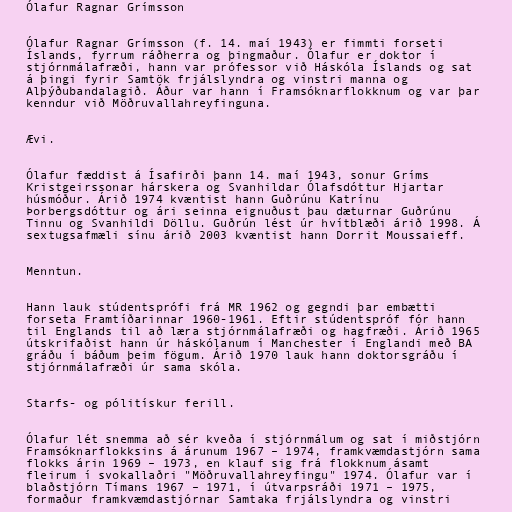
Ólafur Ragnar Grímsson

Ólafur Ragnar Grímsson (f. 14. maí 1943) er fimmti forseti
Íslands, fyrrum ráðherra og þingmaður. Ólafur er doktor í
stjórnmálafræði, hann var prófessor við Háskóla Íslands og sat
á þingi fyrir Samtök frjálslyndra og vinstri manna og
Alþýðubandalagið. Áður var hann í Framsóknarflokknum og var þar
kenndur við Möðruvallahreyfinguna.

Ævi.

Ólafur fæddist á Ísafirði þann 14. maí 1943, sonur Gríms
Kristgeirssonar hárskera og Svanhildar Ólafsdóttur Hjartar
húsmóður. Árið 1974 kvæntist hann Guðrúnu Katrínu
Þorbergsdóttur og ári seinna eignuðust þau dæturnar Guðrúnu
Tinnu og Svanhildi Döllu. Guðrún lést úr hvítblæði árið 1998. Á
sextugsafmæli sínu árið 2003 kvæntist hann Dorrit Moussaieff.

Menntun.

Hann lauk stúdentsprófi frá MR 1962 og gegndi þar embætti
forseta Framtíðarinnar 1960-1961. Eftir stúdentspróf fór hann
til Englands til að læra stjórnmálafræði og hagfræði. Árið 1965
útskrifaðist hann úr háskólanum í Manchester í Englandi með BA
gráðu í báðum þeim fögum. Árið 1970 lauk hann doktorsgráðu í
stjórnmálafræði úr sama skóla.

Starfs- og pólitískur ferill.

Ólafur lét snemma að sér kveða í stjórnmálum og sat í miðstjórn
Framsóknarflokksins á árunum 1967 – 1974, framkvæmdastjórn sama
flokks árin 1969 – 1973, en klauf sig frá flokknum ásamt
fleirum í svokallaðri "Möðruvallahreyfingu" 1974. Ólafur var í
blaðstjórn Tímans 1967 – 1971, í útvarpsráði 1971 – 1975,
formaður framkvæmdastjórnar Samtaka frjálslyndra og vinstri